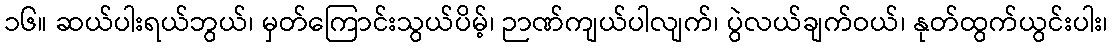
၁၆။ ဆယ်ပါးရယ်ဘွယ်၊ မှတ်ကြောင်းသွယ်ပိမ့်၊ ဉာဏ်ကျယ်ပါလျက်၊ ပွဲလယ်ချက်ဝယ်၊ နုတ်ထွက်ယွင်းပါး၊